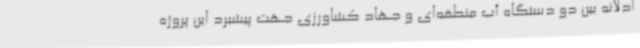
ادلانه بین دو دستگاه آب منطقه‌ای و جهاد کشاورزی جهت پیشبرد این پروژه